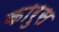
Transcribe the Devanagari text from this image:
कारुस